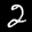
Label: 2